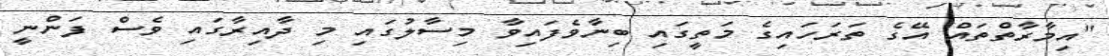
"އިމާރާތްތައް އޭގެ ތަރަހައިގެ މަތީގައި ބިނާވެފައިވާ މިސާލުގައި މި ދާއިރާގައި ވެސް ފަންނީ